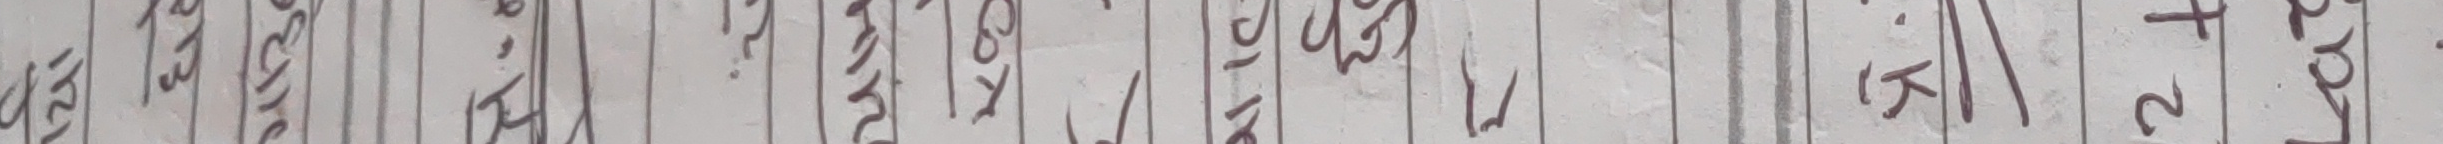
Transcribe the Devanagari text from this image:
छोड्ने, कसिन्सिं।